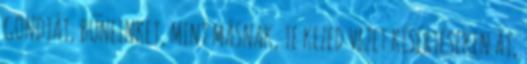
GONDJÁT, BŰNEINKET, MINT MÁSNAK, TE KEZED VEZET KÍSÉRTÉSEKEN ÁT,